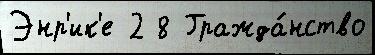
Энр'ик'е 2 8 Гражда́нство